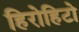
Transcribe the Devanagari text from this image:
हिरोहिटो